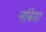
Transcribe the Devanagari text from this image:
नबिया